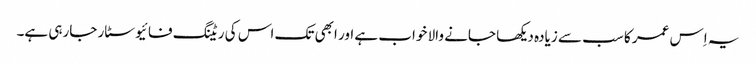
یہ اِس عمر کا سب سے زیادہ دیکھا جانے والا خواب ہے اور ابھی تک اس کی ریٹنگ فائیو سٹار جارہی ہے۔